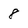
Character: 8